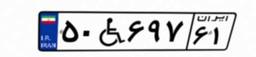
۵۰W۶۹۷۶۱